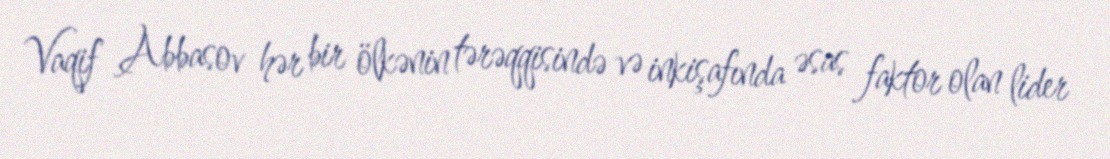
Vaqif Abbasov hər bir ölkənin tərəqqisində və inkişafında əsas faktor olan lider